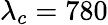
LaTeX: \lambda_{c}=780